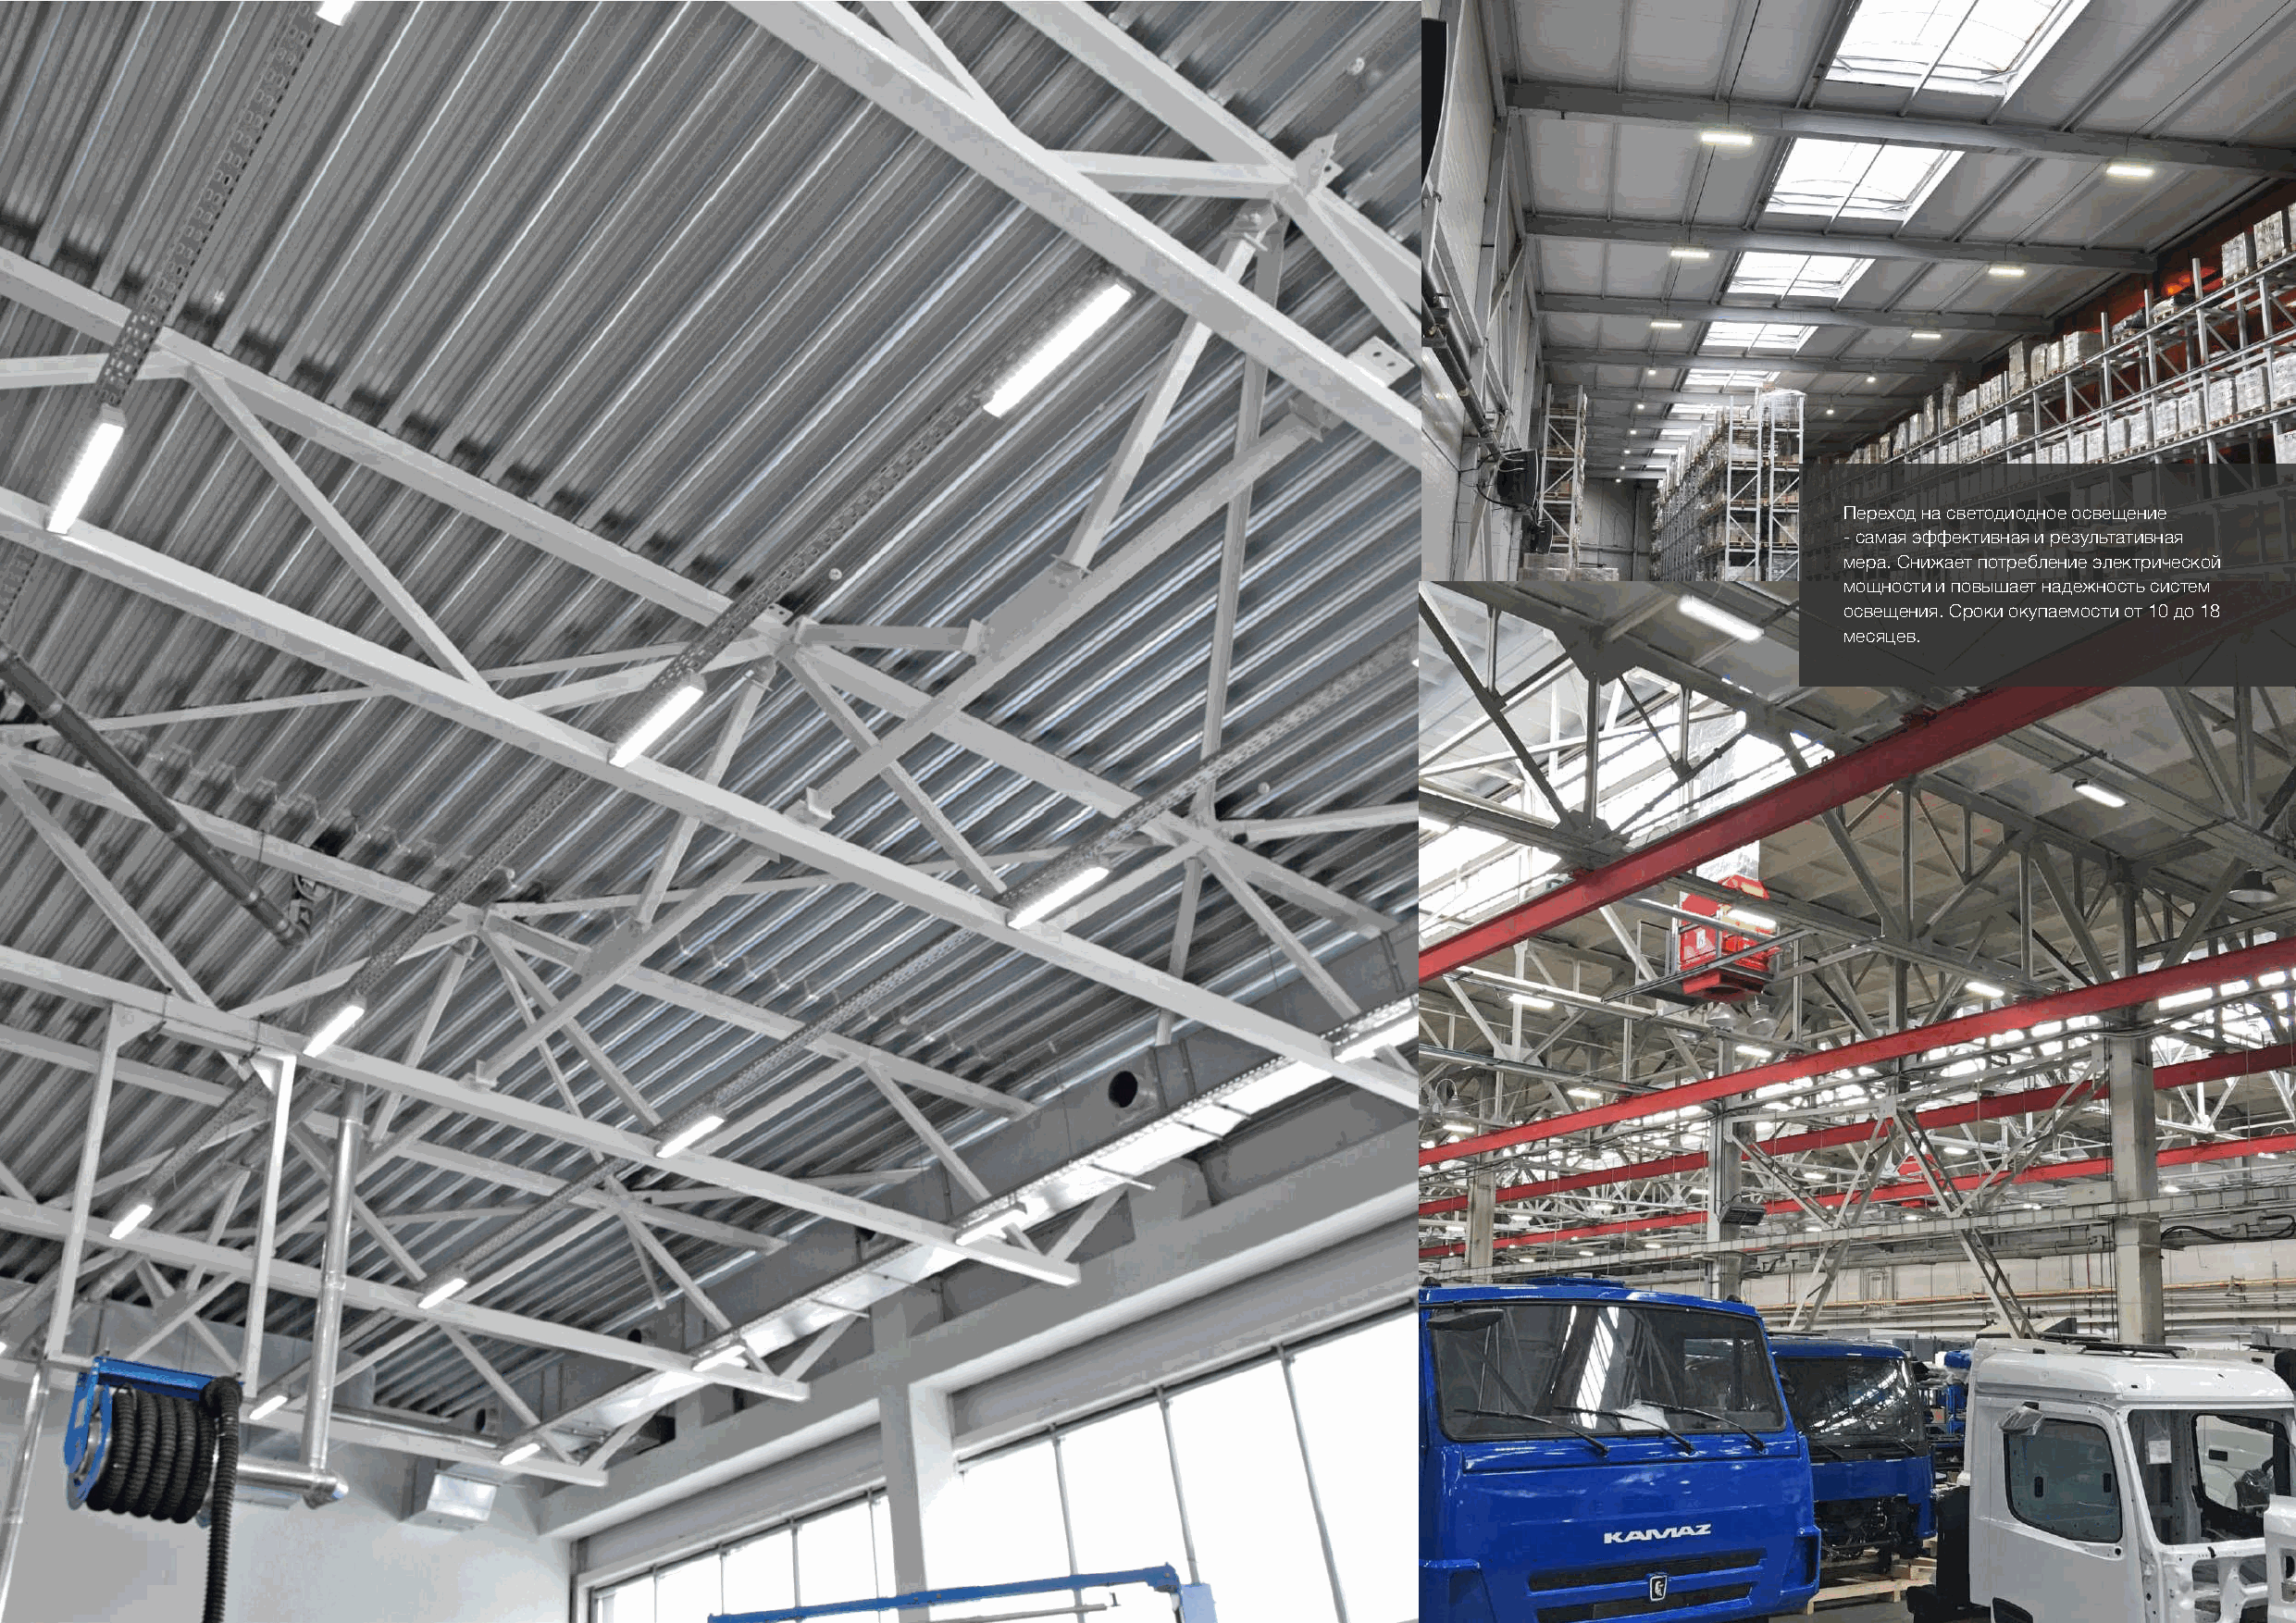
Переход на светодиодное освещение
 - самая эффективная и результативная
 мера. Снижает потребление электрической
 мощности и повышает надежность систем
 освещения. Сроки окупаемости от 10 до 18
 месяцев.